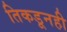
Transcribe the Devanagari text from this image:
तिकडूनही